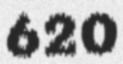
620